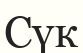
Сүк